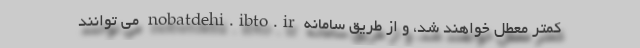
کمتر معطل خواهند شد، و از طریق سامانه nobatdehi.ibto.ir می توانند